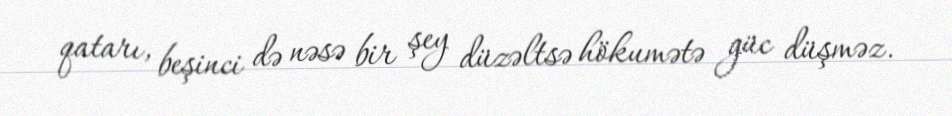
qatarı, beşinci də nəsə bir şey düzəltsə hökumətə güc düşməz.